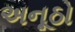
અનૂઠો